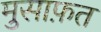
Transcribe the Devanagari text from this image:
मुसाफ़त